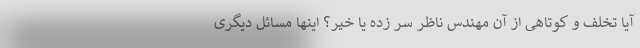
آیا تخلف و کوتاهی از آن مهندس ناظر سر زده یا خیر؟ اینها مسائل دیگری